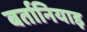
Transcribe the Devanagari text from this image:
बर्तानियाइ